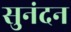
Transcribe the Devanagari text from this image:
सुनंदन